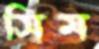
সিম